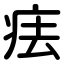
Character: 㾀